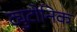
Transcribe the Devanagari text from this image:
ट्युटोनिक